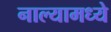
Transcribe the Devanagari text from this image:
नाल्यामध्ये